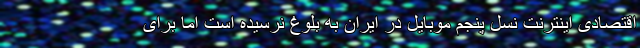
اقتصادی اینترنت نسل پنجم موبایل در ایران به بلوغ نرسیده است اما برای